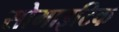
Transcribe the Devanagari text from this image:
सोमाइटिक